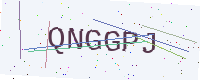
Text: QNGGPJ